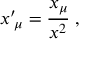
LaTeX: x ^ { \prime } { } _ { \! \mu } = \frac { x _ { \mu } } { x ^ { 2 } } \; \mathrm { , } \;